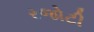
રજોટી